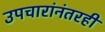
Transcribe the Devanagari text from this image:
उपचारांनंतरही